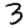
Digit: 3